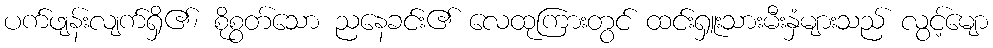
ပက်ဖျန်းလျက်ရှိ၏၊ စိုစွတ်သော ညနေခင်း၏ လေထုကြားတွင် ထင်းရှူးသားမီးနှံများသည် လွင့်မျော